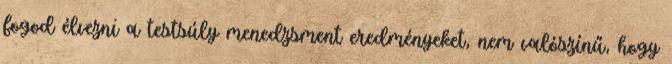
fogod élvezni a testsúly menedzsment eredményeket, nem valószínű, hogy